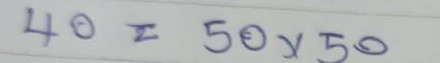
40 = 50 x 50